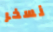
نسخر